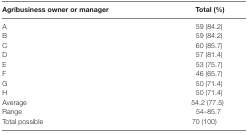
| Agribusiness owner or manager | Total (%) |
 | --- | --- |
 | A | 59 (84.2) |
 | B | 59 (84.2) |
 | C | 60 (85.7) |
 | D | 57 (81.4) |
 | E | 53 (75.7) |
 | F | 46 (65.7) |
 | G | 50 (71.4) |
 | H | 50 (71.4) |
 | Average | 54.2 (77.5) |
 | Range | 54–85.7 |
 | Total possible | 70 (100) |